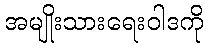
အမျိုးသားရေးဝါဒကို